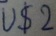
Text: U$2